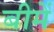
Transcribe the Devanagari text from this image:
बीमें